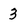
Character: 3